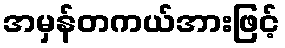
အမှန်တကယ်အားဖြင့်